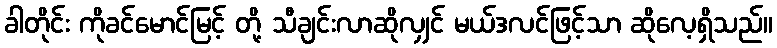
ခါတိုင်း ကိုခင်မောင်မြင့် တို့ သီချင်းလာဆိုလျှင် မယ်ဒလင်ဖြင့်သာ ဆိုလေ့ရှိသည်။